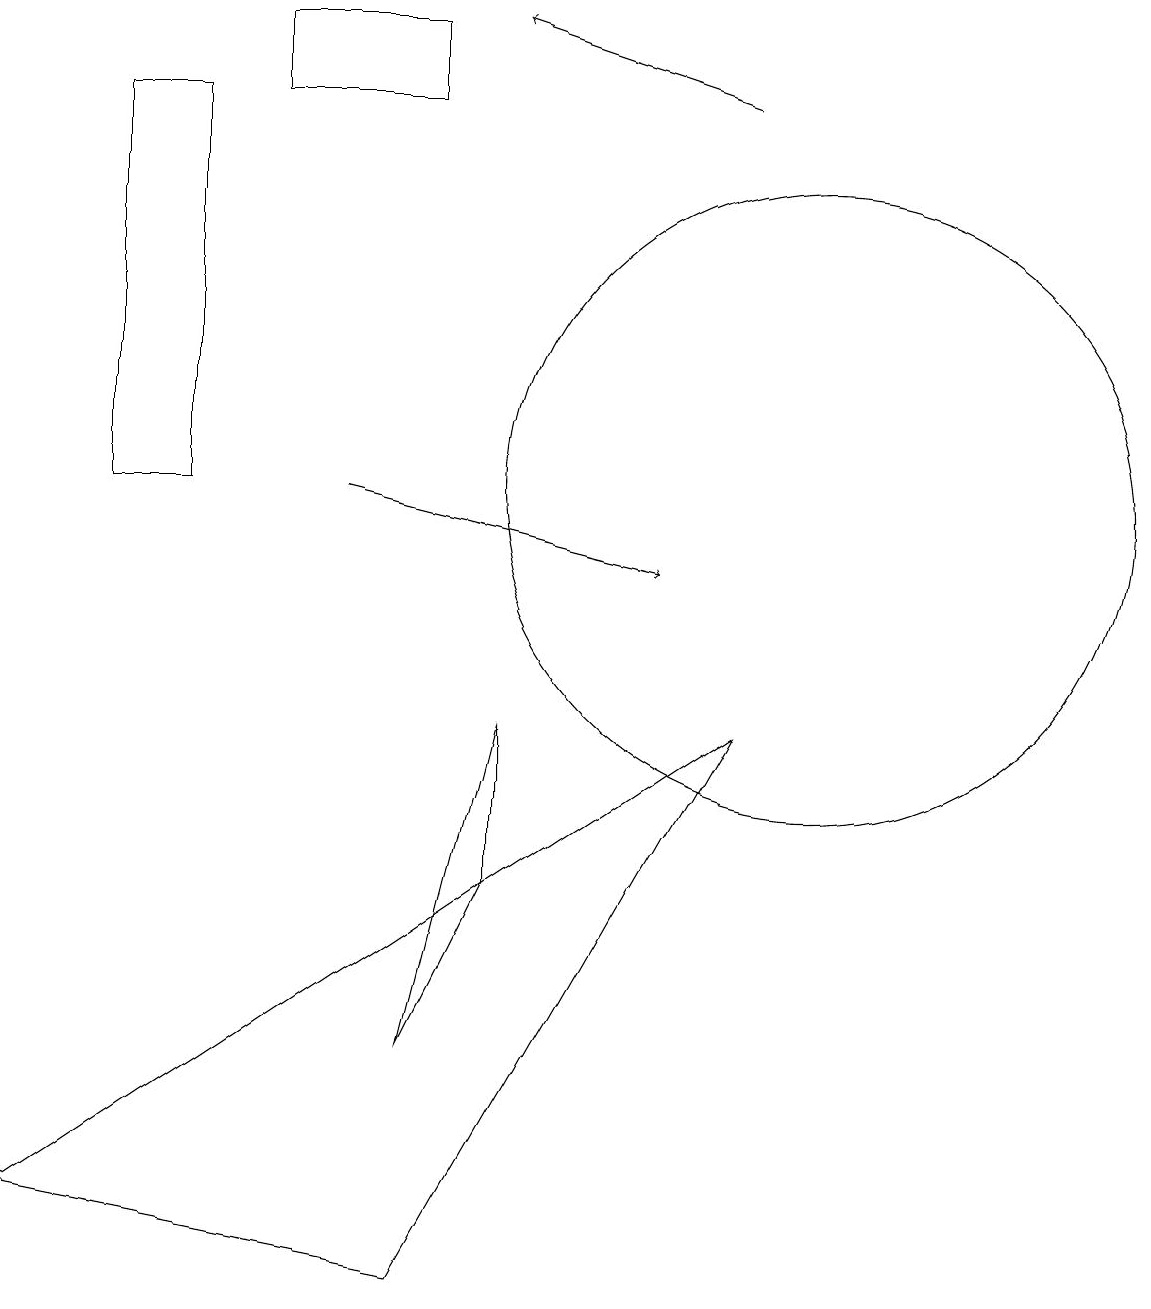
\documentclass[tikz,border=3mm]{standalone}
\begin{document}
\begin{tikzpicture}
\draw[->] (4,12) -- (8,11);
\draw (6,7) -- (6,9) -- (5,5) -- cycle;
\draw (0,3) -- (5,2) -- (9,9) -- cycle;
\draw (1,12) rectangle (2,17);
\draw (10,12) circle (4);
\draw[->] (9,17) -- (6,18);
\draw (3,18) rectangle (5,17);
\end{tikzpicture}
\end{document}